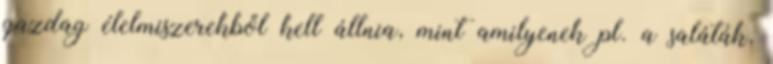
gazdag élelmiszerekből kell állnia, mint amilyenek pl. a saláták,